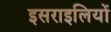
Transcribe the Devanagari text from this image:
इसराइलियों